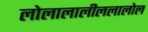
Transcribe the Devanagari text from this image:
लोलालालीललालोल